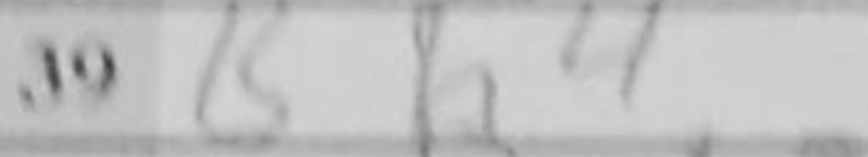
Transcription: Bh4